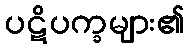
ပဋိပက္ခများ၏